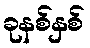
ခုနစ်နှစ်